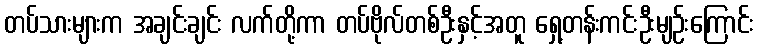
တပ်သားများက အချင်းချင်း လက်တို့ကာ တပ်ဗိုလ်တစ်ဦးနှင့်အတူ ရှေ့တန်းကင်းဦးမျဉ်းကြောင်း